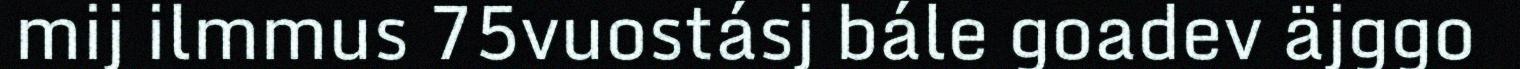
mij ilmmus 75vuostásj bále goadev äjggo